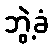
ဘွဲ့ခံ